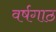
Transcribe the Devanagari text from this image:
वर्षगाठ